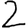
Digit: 2